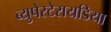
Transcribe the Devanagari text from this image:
ब्युपेस्टेरायडिया